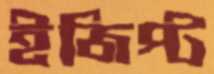
ইজিপ্ট